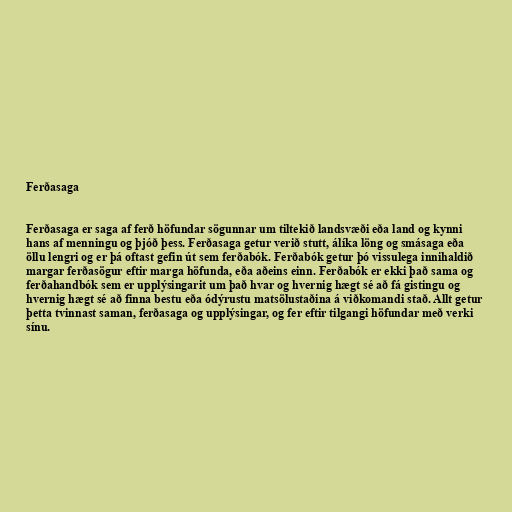
Ferðasaga

Ferðasaga er saga af ferð höfundar sögunnar um tiltekið landsvæði eða land og kynni
hans af menningu og þjóð þess. Ferðasaga getur verið stutt, álíka löng og smásaga eða
öllu lengri og er þá oftast gefin út sem ferðabók. Ferðabók getur þó vissulega innihaldið
margar ferðasögur eftir marga höfunda, eða aðeins einn. Ferðabók er ekki það sama og
ferðahandbók sem er upplýsingarit um það hvar og hvernig hægt sé að fá gistingu og
hvernig hægt sé að finna bestu eða ódýrustu matsölustaðina á viðkomandi stað. Allt getur
þetta tvinnast saman, ferðasaga og upplýsingar, og fer eftir tilgangi höfundar með verki
sínu.